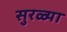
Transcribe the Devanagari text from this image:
सुरळ्या